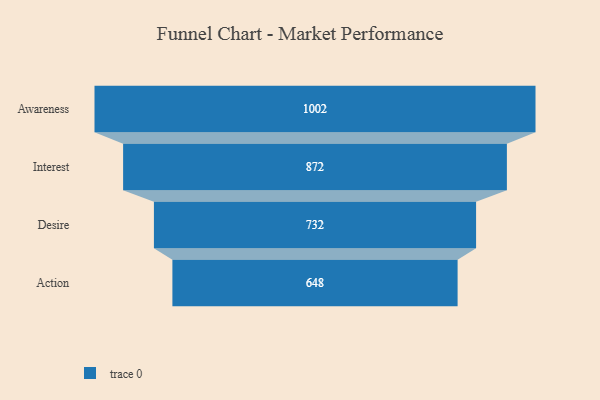
{"axis": {"x": "Stage", "y": "Value"}, "legend": [""], "data": [{"x": "Awareness", "y": 1002.0, "type": ""}, {"x": "Interest", "y": 872.0, "type": ""}, {"x": "Desire", "y": 732.0, "type": ""}, {"x": "Action", "y": 648.0, "type": ""}]}